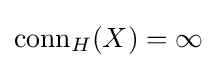
{\text{conn}}_{H}(X)=\infty